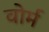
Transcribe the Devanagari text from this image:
वोर्म